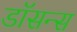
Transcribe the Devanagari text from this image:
डॉसन्स